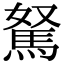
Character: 駑